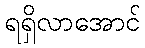
ရရှိလာအောင်